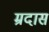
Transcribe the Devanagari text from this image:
म्रदास